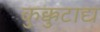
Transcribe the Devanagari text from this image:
कुक्कुटाद्य